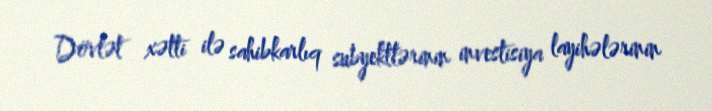
Dövlət xətti ilə sahibkarlıq subyektlərinin investisiya layihələrinin